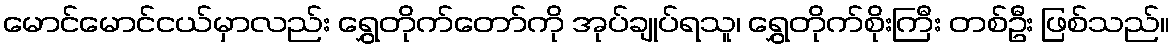
မောင်မောင်ငယ်မှာလည်း ရွှေတိုက်တော်ကို အုပ်ချုပ်ရသူ၊ ရွှေတိုက်စိုးကြီး တစ်ဦး ဖြစ်သည်။